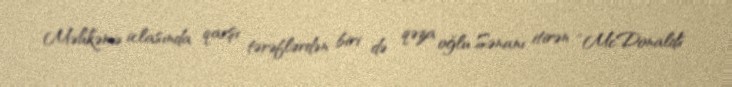
Məhkəmə iclasında qarşı tərəflərdən biri də qəza oğlu Sənanı itirən “McDonalds